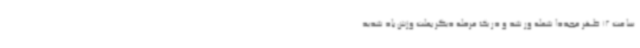
ساعت 12 ظهر مجددا شعله ور شد و در یک مرحله دیگر بعلت وزش باد شدید